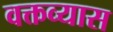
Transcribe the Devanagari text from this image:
वक्तव्यास